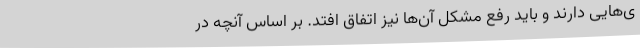
ی‌هایی دارند و باید رفع مشکل آن‌ها نیز اتفاق افتد. بر اساس آنچه در